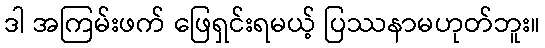
ဒါ အကြမ်းဖက် ဖြေရှင်းရမယ့် ပြဿနာမဟုတ်ဘူး။